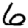
Digit: 6